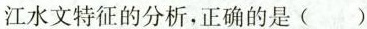
江水文特征的分析，正确的是()